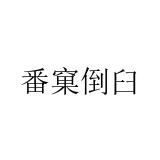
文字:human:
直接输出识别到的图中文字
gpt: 番窠倒臼